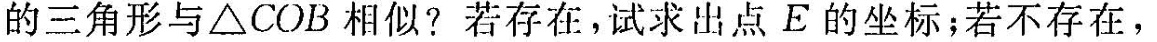
的三角形与△COB相似？若存在，试求出点E的坐标；若不存在，